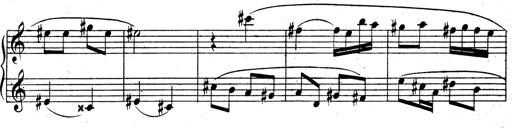
Title: 3 Sonatinas for Piano
Composer: Vissarion Shebalin